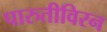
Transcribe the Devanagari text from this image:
पारुतीविरन